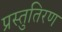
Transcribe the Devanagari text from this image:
प्रस्तुतिरण